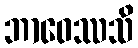
ဘာဝေဿသိ